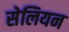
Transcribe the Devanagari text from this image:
सेलियन